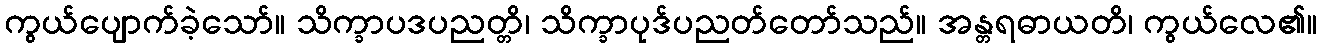
ကွယ်ပျောက်ခဲ့သော်။ သိက္ခာပဒပညတ္တိ၊ သိက္ခာပုဒ်ပညတ်တော်သည်။ အန္တရဓာယတိ၊ ကွယ်လေ၏။